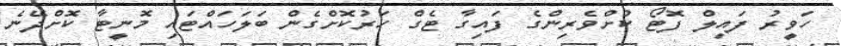
ހަވީރު ފައިލް ފޮޓޯ ކުށްވެރިންގެ ފައިގާ ޓެގް ހަރުކޮށްގެން ބަލަހައްޓައި މޮނީޓާ ކޮށްދޭނެ